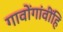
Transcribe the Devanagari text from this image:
गावोंगांवींहि